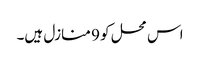
اس محل کو 9 منازل ہیں۔